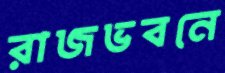
রাজভবনে